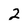
Character: 2